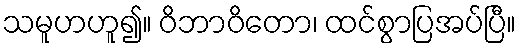
သမူဟဟူ၍။ ဝိဘာဝိတော၊ ထင်စွာပြအပ်ပြီ။